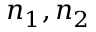
n _ { 1 } , n _ { 2 }